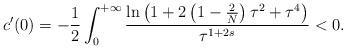
LaTeX: \begin{align*}c'(0)=-\frac12\int_0^{+\infty}\frac{\ln\left(1+2\left(1-\frac2N\right)\tau^2+\tau^4\right)}{\tau^{1+2s}}<0.\end{align*}